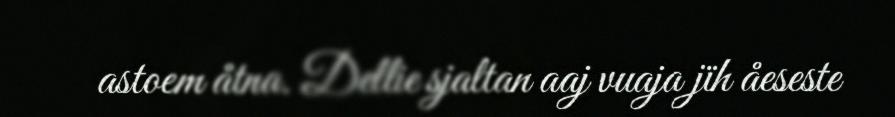
astoem åtna. Dellie sjaltan aaj vuaja jïh åeseste